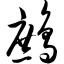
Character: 鹧